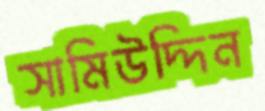
সামিউদ্দিন